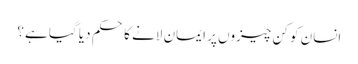
انسان کو کن چیزوں پر ایمان لانے کا حکم دیا گیا ہے؟